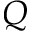
Q